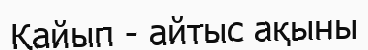
Қайып - айтыс ақыны